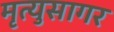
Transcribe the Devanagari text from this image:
मृत्युसागर